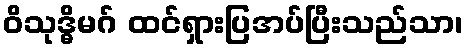
ဝိသုဒ္ဓိမဂ် ထင်ရှားပြအပ်ပြီးသည်သာ၊